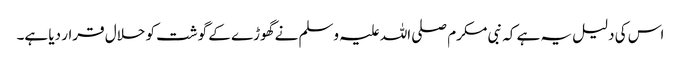
اس کی دلیل یہ ہے کہ نبی مکرم صلی اللہ علیہ وسلم نے گھوڑے کے گوشت کو حلال قرار دیا ہے۔